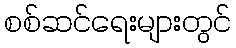
စစ်ဆင်ရေးများတွင်